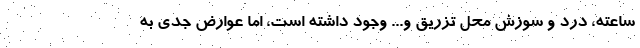
ساعته، درد و سوزش محل تزریق و... وجود داشته است، اما عوارض جدی به